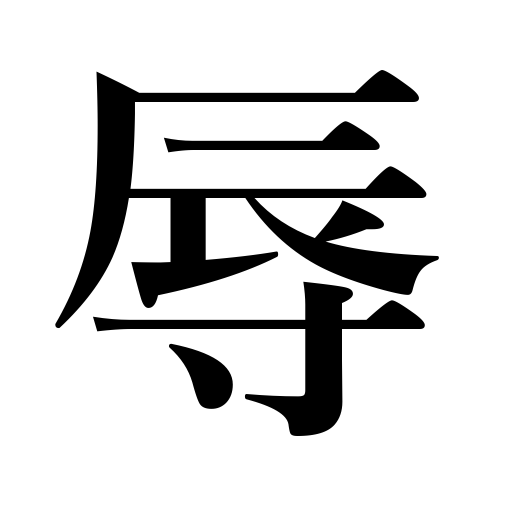
Meanings: put to shame,rape,assault,disgrace,humiliate,insult